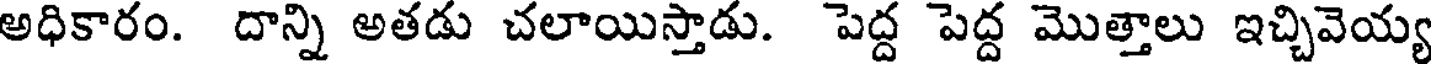
అధికారం. దాన్ని అతడు చలాయిస్తాడు. పెద్ద పెద్ద మొత్తాలు ఇచ్చివెయ్య